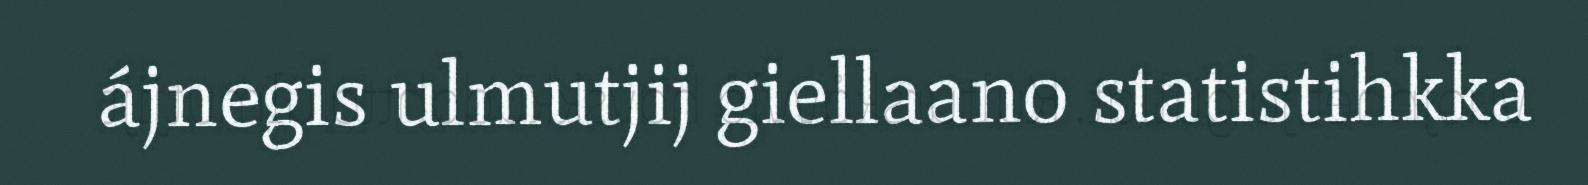
ájnegis ulmutjij giellaano statistihkka